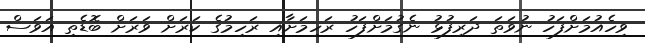
ވިހެއުމަށްފަހު ނުވަތަ ދަރިފުޅު ނެގުމަށްފަހު ރަހިމަށާއި ރަހިމުގެ ކަރަށް ވަރަށް ބޮޑެތި އަވަސް